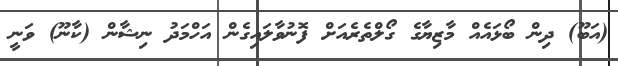
(އަބޫ) ދިން ބޯޅައެއް މާޒިޔާގެ ގޯލްތެރެއަށް ފޮނުވާލައިގެން އަހްމަދު ނިޝާން (ކާނޫ) ވަނީ